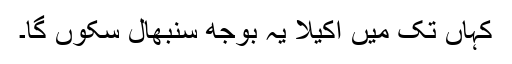
کہاں تک میں اکیلا یہ بوجھ سنبھال سکوں گا۔